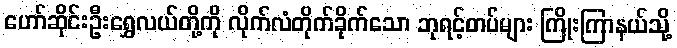
ဟော်ဆိုင်းဦးရွှေလယ်တို့ကို လိုက်လံတိုက်ခိုက်သော ဘုရင့်တပ်များ ကြိုးကြာနယ်သို့